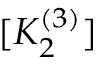
[ K _ { 2 } ^ { ( 3 ) } ]